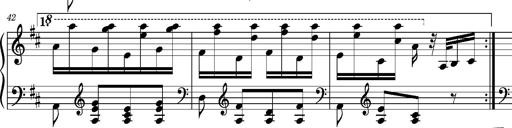
Title: Ungarischer Romanzero
Composer: Franz Liszt